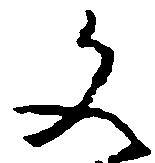
文